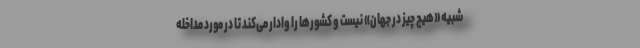
شبیه «هیچ چیز در جهان» نیست و کشورها را وادار می‌کند تا در مورد مداخله